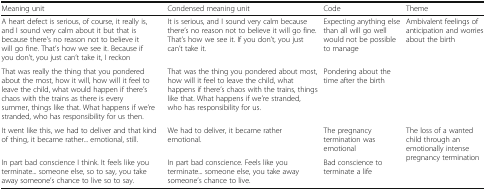
<table><thead><tr><td><b>Meaning unit</b></td><td><b>Condensed meaning unit</b></td><td><b>Code</b></td><td><b>Theme</b></td></tr></thead><tbody><tr><td>A heart defect is serious, of course, it really is, and I sound very calm about it but that is because there’s no reason not to believe it will go fine. That’s how we see it. Because if you don’t, you just can’t take it, I reckon</td><td>It is serious, and I sound very calm because there’s no reason not to believe it will go fine. That’s how we see it. If you don’t, you just can’t take it.</td><td>Expecting anything else than all will go well would not be possible to manage</td><td rowspan="2">Ambivalent feelings of anticipation and worries about the birth</td></tr><tr><td>That was really the thing that you pondered about the most, how it will, how will it feel to leave the child, what would happen if there’s chaos with the trains as there is every summer, things like that. What happens if we’re stranded, who has responsibility for us then.</td><td>That was the thing you pondered about most, how will it feel to leave the child, what happens if there’s chaos with the trains, things like that. What happens if we’re stranded, who has responsibility for us.</td><td>Pondering about the time after the birth</td></tr><tr><td>It went like this, we had to deliver and that kind of thing, it became rather... emotional, still.</td><td>We had to deliver, it became rather emotional.</td><td>The pregnancy termination was emotional</td><td rowspan="2">The loss of a wanted child through an emotionally intense pregnancy termination</td></tr><tr><td>In part bad conscience I think. It feels like you terminate... someone else, so to say, you take away someone’s chance to live so to say.</td><td>In part bad conscience. Feels like you terminate... someone else, you take away someone’s chance to live.</td><td>Bad conscience to terminate a life</td></tr></tbody></table>